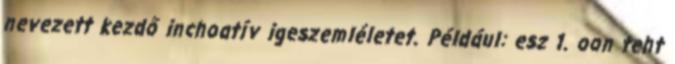
nevezett kezdő inchoatív igeszemléletet. Például: esz 1. oon teht